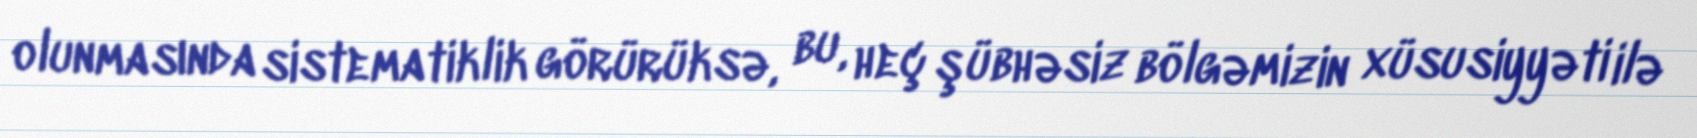
olunmasında sistematiklik görürüksə, bu, heç şübhəsiz bölgəmizin xüsusiyyəti ilə